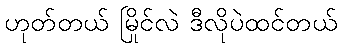
ဟုတ်တယ် မြိုင်လဲ ဒီလိုပဲထင်တယ်